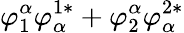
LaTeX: \varphi_{1}^{\alpha}\varphi_{\alpha}^{1*}+\varphi_{2}^{\alpha}\varphi_{\alpha}^{2*}